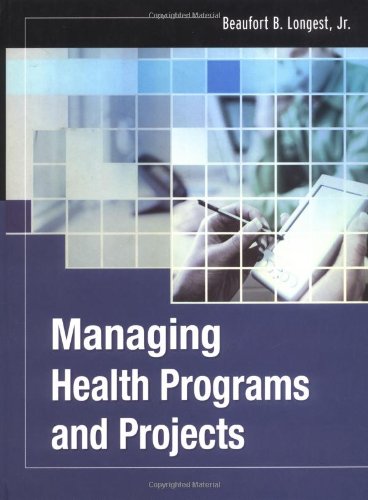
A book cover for Managing Health Programs and Projects (Jossey-Bass Public Health); Beaufort B. Longest Jr.; Medical Books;